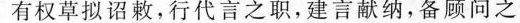
有权草拟诏敕，行代言之职，建言献纳，备顾问之